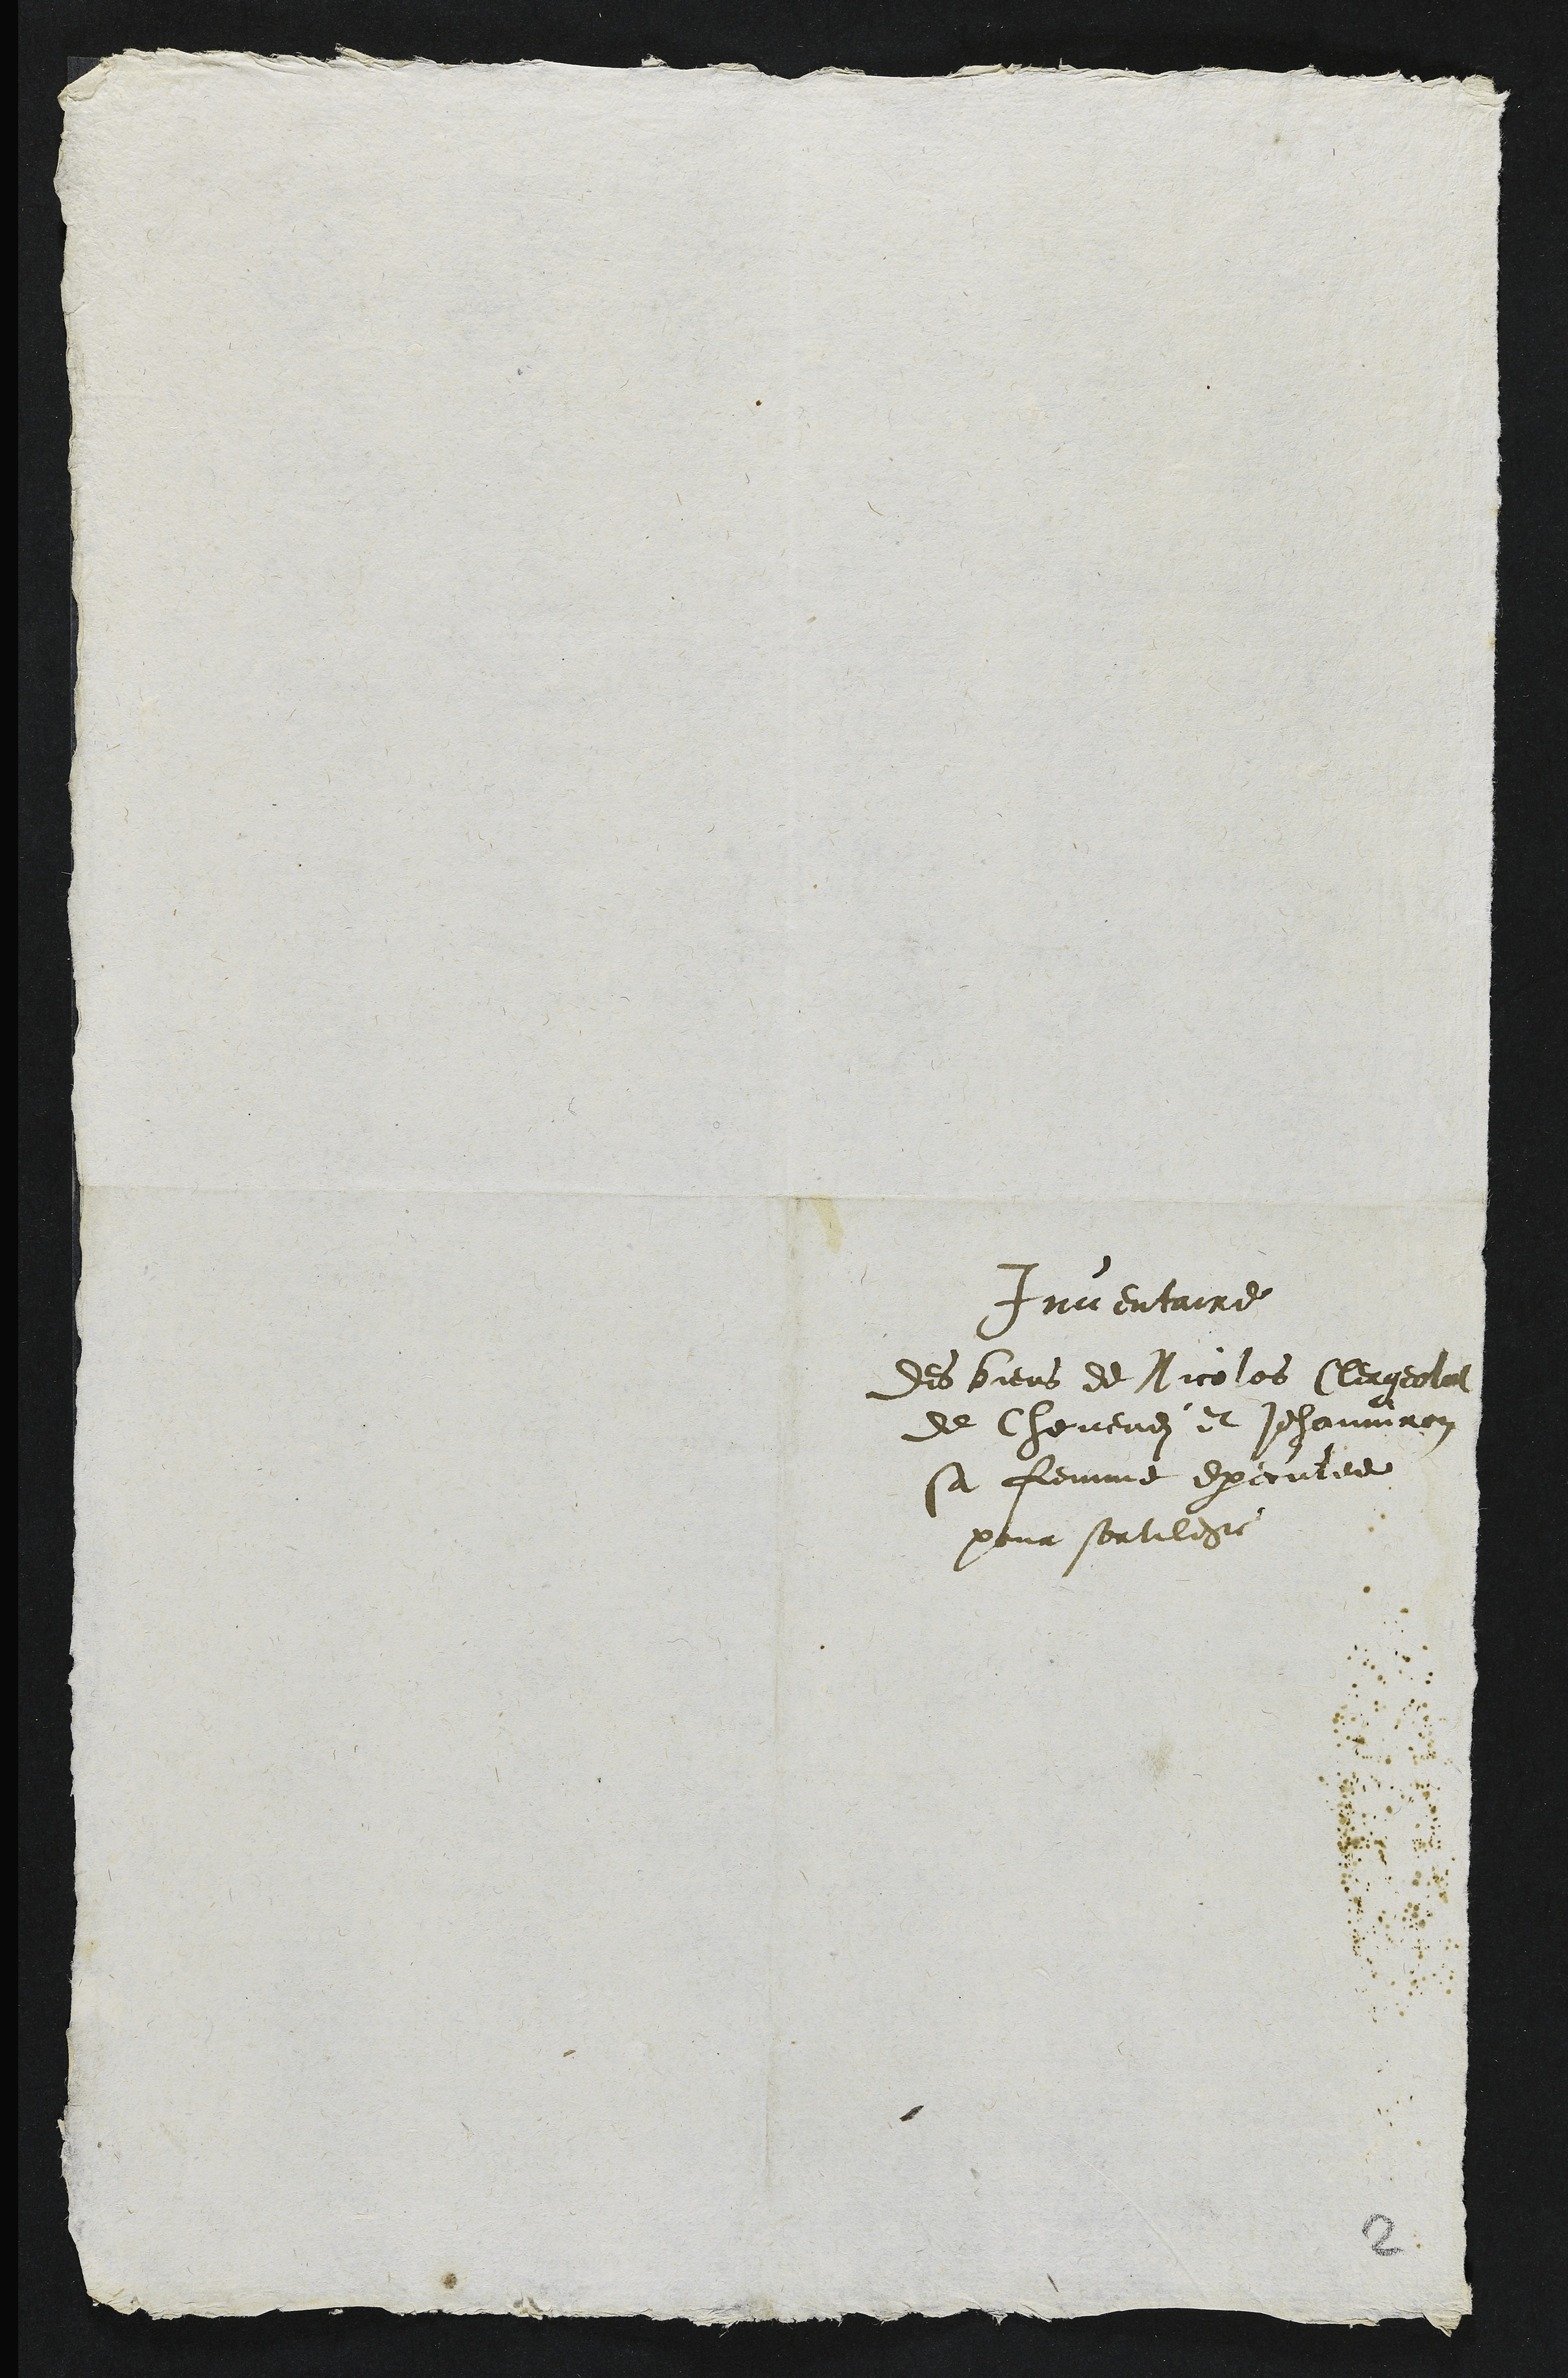
Inventaire
des biens de Nicolas Clergelat
de Chevene et Jehanniron
sa femme executee
pour sortilege